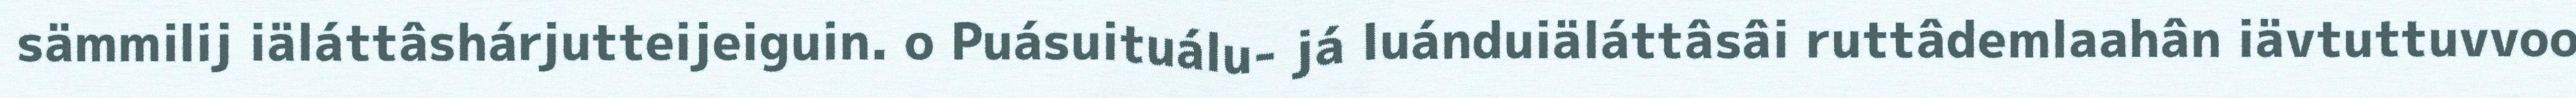
sämmilij iäláttâshárjutteijeiguin. o Puásuituálu- já luánduiäláttâsâi ruttâdemlaahân iävtuttuvvoo